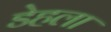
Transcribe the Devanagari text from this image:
डेहला